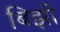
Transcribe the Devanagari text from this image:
बिझी